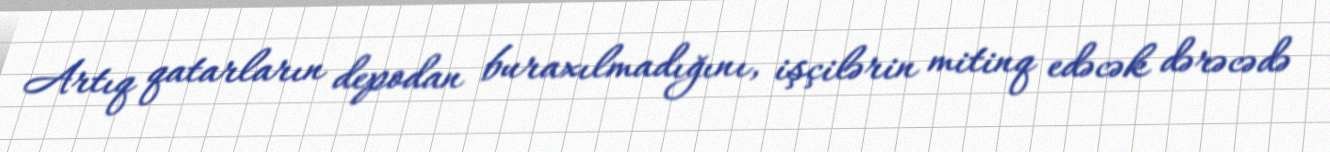
Artıq qatarların depodan buraxılmadığını, işçilərin mitinq edəcək dərəcədə